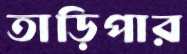
তাড়িপার